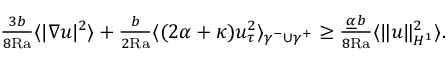
\begin{array} { r } { \frac { 3 b } { 8 \mathrm { { R a } } } \langle | \nabla u | ^ { 2 } \rangle + \frac { b } { 2 { \mathrm { R a } } } \langle ( 2 \alpha + \kappa ) u _ { \tau } ^ { 2 } \rangle _ { \gamma ^ { - } \cup \gamma ^ { + } } \geq \frac { \underline { { \alpha } } b } { 8 \mathrm { { R a } } } \langle \| u \| _ { H ^ { 1 } } ^ { 2 } \rangle . } \end{array}